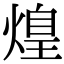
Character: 𤌼